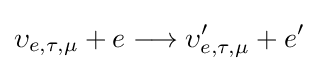
\upsilon _{e,\tau ,\mu }+e\longrightarrow \upsilon '_{e,\tau ,\mu }+e'